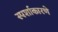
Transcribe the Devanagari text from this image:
स्पर्शाकारणे